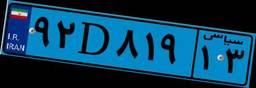
۴۶D۴۳۱۶۱